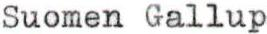
Suomen Gallup